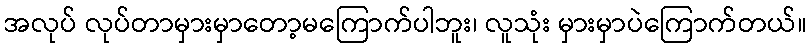
အလုပ် လုပ်တာမှားမှာတော့မကြောက်ပါဘူး၊ လူသုံး မှားမှာပဲကြောက်တယ်။